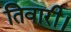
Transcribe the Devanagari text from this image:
तिवारी।